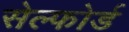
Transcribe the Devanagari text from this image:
सेल्फोर्ड